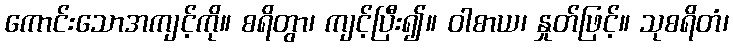
ကောင်းသောအကျင့်ကို။ စရိတွာ၊ ကျင့်ပြီး၍။ ဝါစာယ၊ နှုတ်ဖြင့်။ သုစရိတံ၊